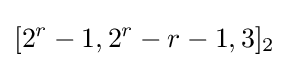
[2^{r}-1,2^{r}-r-1,3]_{2}